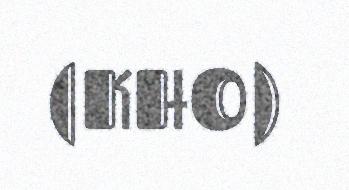
(KHO)